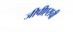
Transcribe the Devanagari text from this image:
जीपीएसची